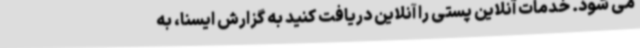
می شود. خدمات آنلاین پستی را آنلاین دریافت کنید به گزارش ایسنا، به